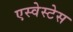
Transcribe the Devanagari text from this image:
एस्वेस्टेस